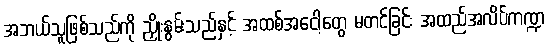
အဘယ်သူဖြစ်သည်ကို ညှိုးနွမ်းသည်နှင့် အထစ်အငေါ့တွေ မတင်ခြင်း အထည်အလိပ်ကဏ္ဍ